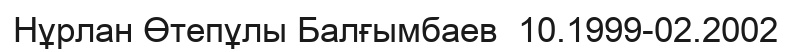
Нұрлан Өтепұлы Балғымбаев  10.1999-02.2002